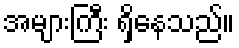
အများကြီး ရှိနေသည်။